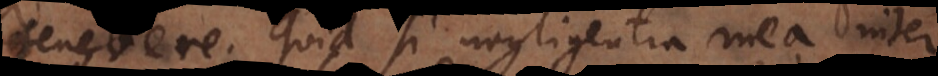
tenebere. Quid si negligentia mea inter